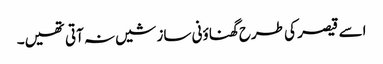
اسے قیصر کی طرح گھناؤنی سازشیں نہ آتی تھیں۔